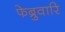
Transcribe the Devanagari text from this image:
फेब्रुवारि